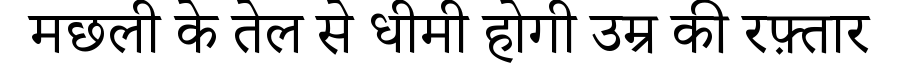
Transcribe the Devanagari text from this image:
मछली के तेल से धीमी होगी उम्र की रफ़्तार